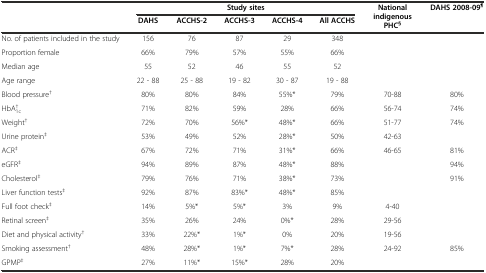
<table><thead><tr><td></td><td colspan="5"><b>Study sites</b></td><td rowspan="2"><b>National indigenous PHC<sup>§</sup></b></td><td rowspan="2"><b>DAHS 2008-09<sup>¶</sup></b></td></tr><tr><td></td><td><b>DAHS</b></td><td><b>ACCHS-2</b></td><td><b>ACCHS-3</b></td><td><b>ACCHS-4</b></td><td><b>All ACCHS</b></td></tr></thead><tbody><tr><td>No. of patients included in the study</td><td>156</td><td>76</td><td>87</td><td>29</td><td>348</td><td></td><td></td></tr><tr><td>Proportion female</td><td>66%</td><td>79%</td><td>57%</td><td>55%</td><td>66%</td><td></td><td></td></tr><tr><td>Median age</td><td>55</td><td>52</td><td>46</td><td>55</td><td>52</td><td></td><td></td></tr><tr><td>Age range</td><td>22 - 88</td><td>25 - 88</td><td>19 - 82</td><td>30 - 87</td><td>19 - 88</td><td></td><td></td></tr><tr><td>Blood pressure<sup>†</sup></td><td>80%</td><td>80%</td><td>84%</td><td>55%*</td><td>79%</td><td>70-88</td><td>80%</td></tr><tr><td>HbA<sub>1c</sub><sup>†</sup></td><td>71%</td><td>82%</td><td>59%</td><td>28%</td><td>66%</td><td>56-74</td><td>74%</td></tr><tr><td>Weight<sup>†</sup></td><td>72%</td><td>70%</td><td>56%*</td><td>48%*</td><td>66%</td><td>51-77</td><td>74%</td></tr><tr><td>Urine protein<sup>‡</sup></td><td>53%</td><td>49%</td><td>52%</td><td>28%*</td><td>50%</td><td>42-63</td><td></td></tr><tr><td>ACR<sup>‡</sup></td><td>67%</td><td>72%</td><td>71%</td><td>31%*</td><td>66%</td><td>46-65</td><td>81%</td></tr><tr><td>eGFR<sup>‡</sup></td><td>94%</td><td>89%</td><td>87%</td><td>48%*</td><td>88%</td><td></td><td>94%</td></tr><tr><td>Cholesterol<sup>‡</sup></td><td>79%</td><td>76%</td><td>71%</td><td>38%*</td><td>73%</td><td></td><td>91%</td></tr><tr><td>Liver function tests<sup>‡</sup></td><td>92%</td><td>87%</td><td>83%*</td><td>48%*</td><td>85%</td><td></td><td></td></tr><tr><td>Full foot check<sup>‡</sup></td><td>14%</td><td>5%*</td><td>5%*</td><td>3%</td><td>9%</td><td>4-40</td><td></td></tr><tr><td>Retinal screen<sup>‡</sup></td><td>35%</td><td>26%</td><td>24%</td><td>0%*</td><td>28%</td><td>29-56</td><td></td></tr><tr><td>Diet and physical activity<sup>†</sup></td><td>33%</td><td>22%*</td><td>1%*</td><td>0%</td><td>20%</td><td>19-56</td><td></td></tr><tr><td>Smoking assessment<sup>†</sup></td><td>48%</td><td>28%*</td><td>1%*</td><td>7%*</td><td>28%</td><td>24-92</td><td>85%</td></tr><tr><td>GPMP<sup>‡</sup></td><td>27%</td><td>11%*</td><td>15%*</td><td>28%</td><td>20%</td><td></td><td></td></tr></tbody></table>